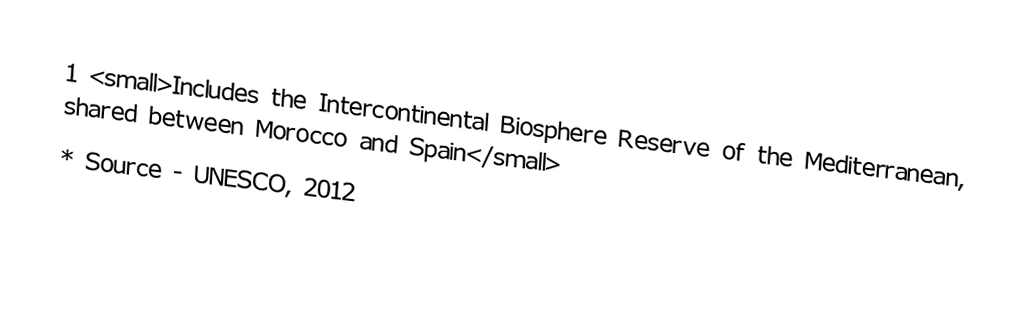
1 <small>Includes the Intercontinental Biosphere Reserve of the Mediterranean, shared between Morocco and Spain</small>
* Source - UNESCO, 2012